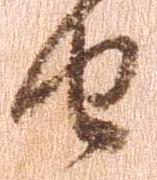
由